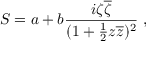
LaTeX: S = a + b { \frac { i \zeta \overline { { \zeta } } } { ( 1 + { \frac { 1 } { 2 } } z \overline { { z } } ) ^ { 2 } } } \ ,